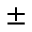
\pm